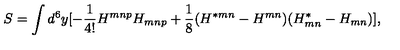
S = \int d ^ { 6 } y [ - { \frac { 1 } { 4 ! } } H ^ { m n p } H _ { m n p } + { \frac { 1 } { 8 } } ( H ^ { * m n } - H ^ { m n } ) ( H _ { m n } ^ { * } - H _ { m n } ) ] ,